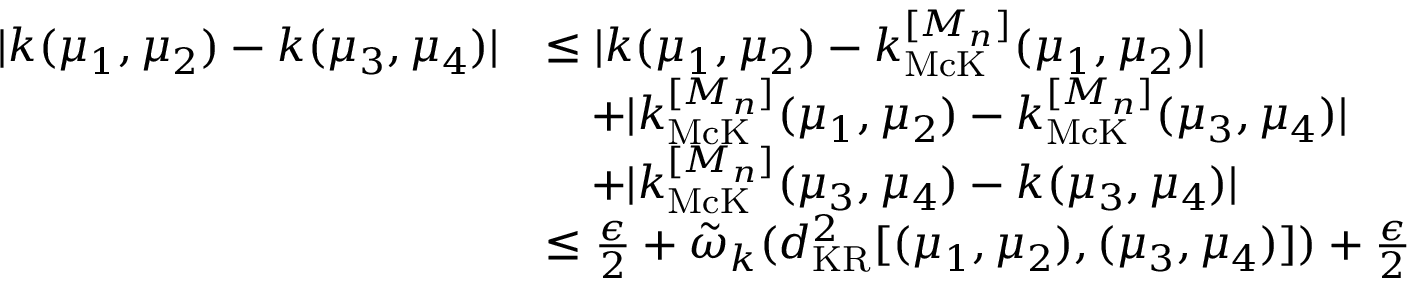
\begin{array} { r l } { | k ( \mu _ { 1 } , \mu _ { 2 } ) - k ( \mu _ { 3 } , \mu _ { 4 } ) | } & { \leq | k ( \mu _ { 1 } , \mu _ { 2 } ) - k _ { \mathrm { M c K } } ^ { [ M _ { n } ] } ( \mu _ { 1 } , \mu _ { 2 } ) | } \\ & { \quad + | k _ { \mathrm { M c K } } ^ { [ M _ { n } ] } ( \mu _ { 1 } , \mu _ { 2 } ) - k _ { \mathrm { M c K } } ^ { [ M _ { n } ] } ( \mu _ { 3 } , \mu _ { 4 } ) | } \\ & { \quad + | k _ { \mathrm { M c K } } ^ { [ M _ { n } ] } ( \mu _ { 3 } , \mu _ { 4 } ) - k ( \mu _ { 3 } , \mu _ { 4 } ) | } \\ & { \leq \frac \epsilon 2 + \tilde { \omega } _ { k } ( d _ { \mathrm { K R } } ^ { 2 } [ ( \mu _ { 1 } , \mu _ { 2 } ) , ( \mu _ { 3 } , \mu _ { 4 } ) ] ) + \frac \epsilon 2 } \end{array}